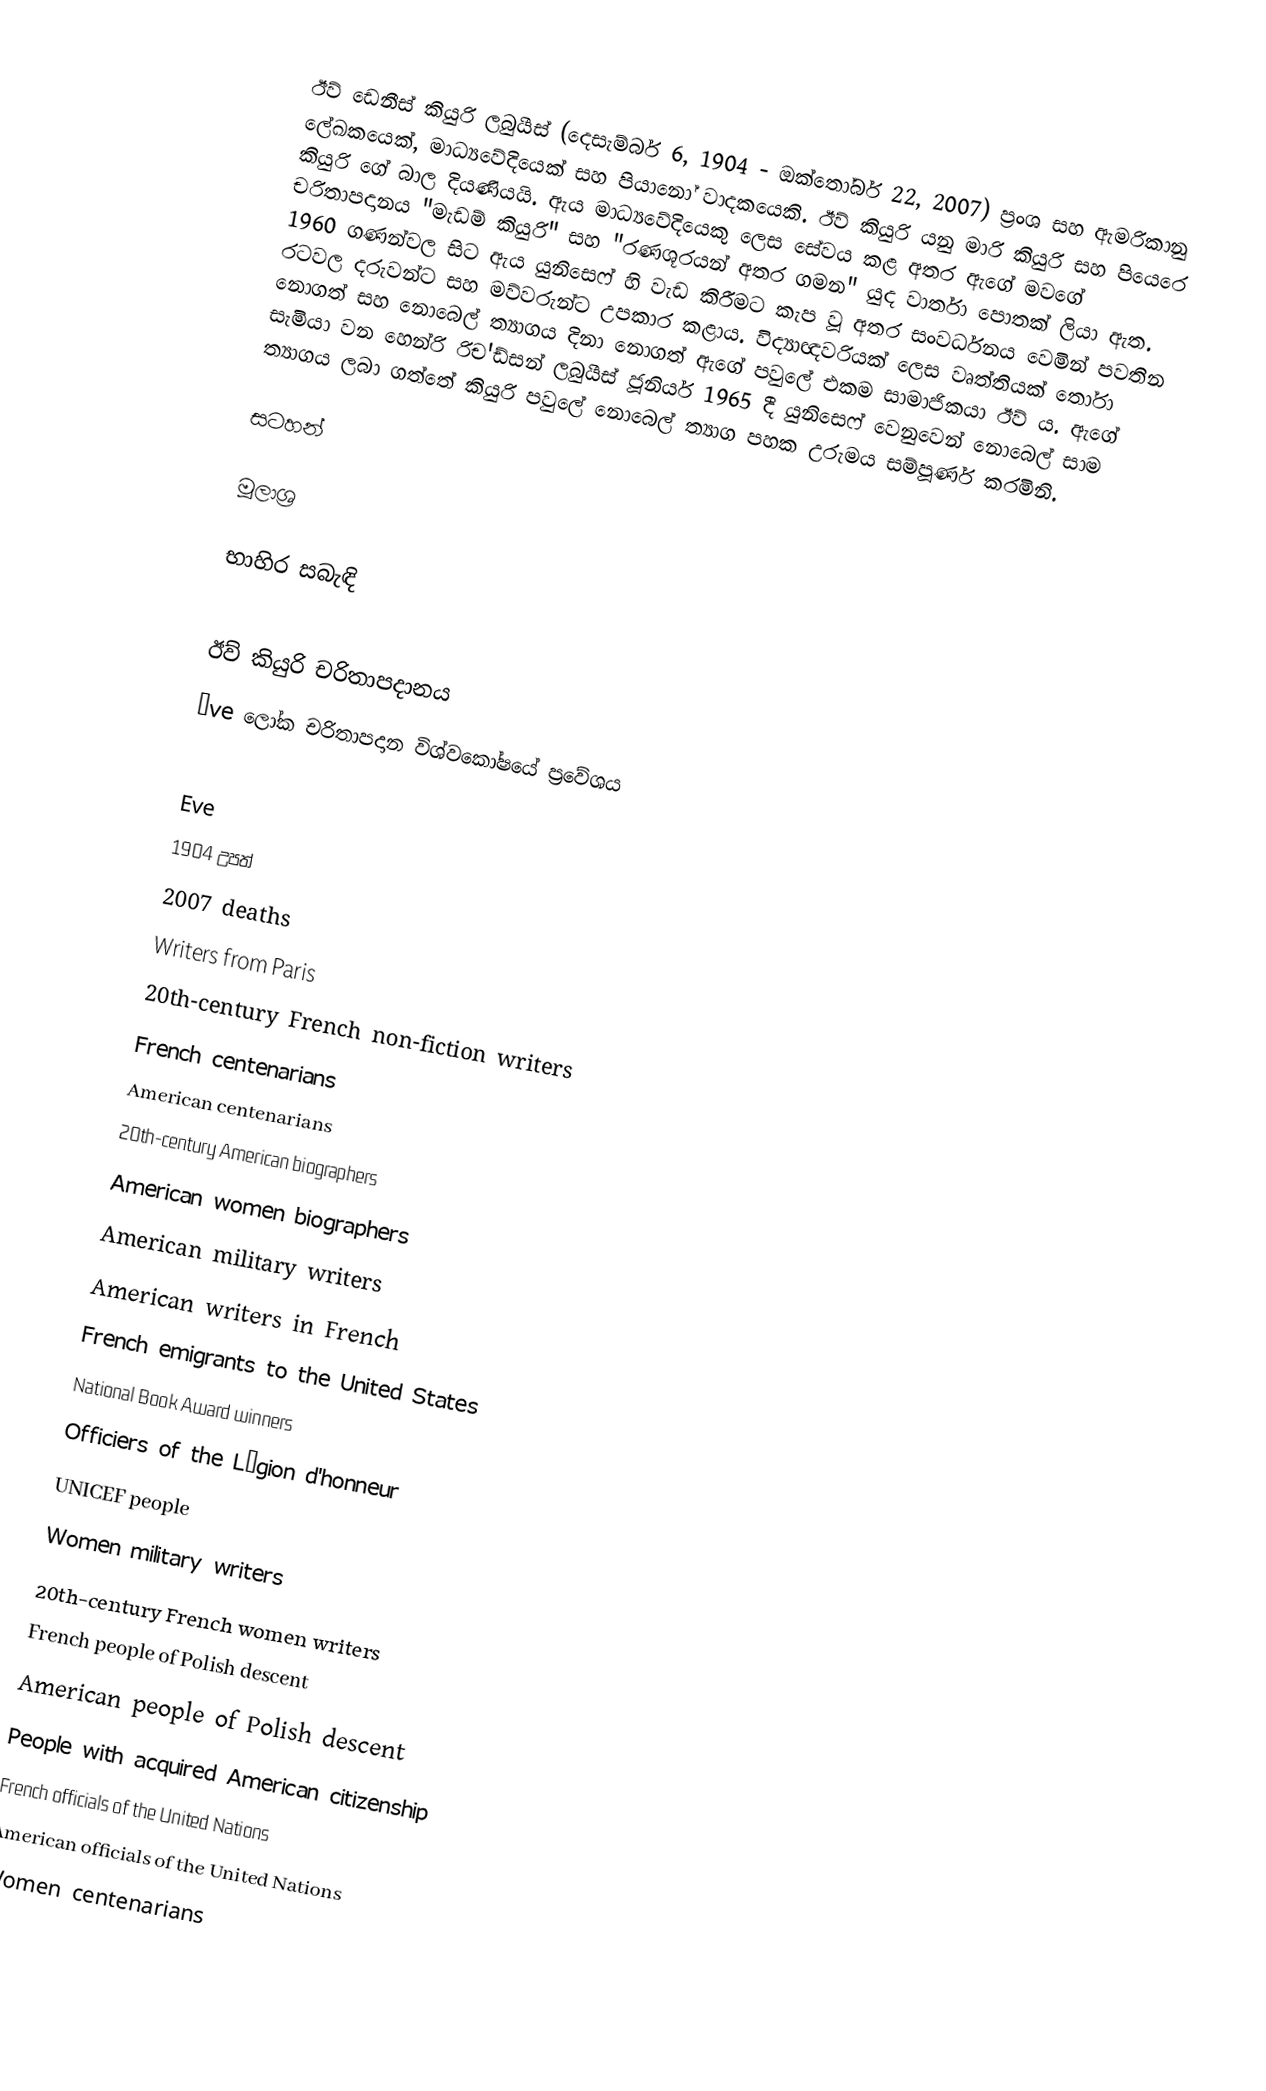
ඊව් ඩෙනීස් කියුරි ලබුයීස් (දෙසැම්බර් 6, 1904 - ඔක්තෝබර් 22, 2007) ප්‍රංශ සහ ඇමරිකානු ලේඛකයෙක්, මාධ්‍යවේදියෙක් සහ පියානෝ වාදකයෙකි. ඊව් කියුරි යනු මාරි කියුරි සහ පියෙරෙ කියුරි ගේ බාල දියණියයි. ඇය මාධ්‍යවේදියෙකු ලෙස සේවය කළ අතර ඇගේ මවගේ චරිතාපදානය "මැඩම් කියුරි" සහ "රණශූරයන් අතර ගමන" යුද වාර්තා පොතක් ලියා ඇත. 1960 ගණන්වල සිට ඇය යුනිසෙෆ් හි වැඩ කිරීමට කැප වූ අතර සංවර්ධනය වෙමින් පවතින රටවල දරුවන්ට සහ මව්වරුන්ට උපකාර කළාය. විද්‍යාඥවරියක් ලෙස වෘත්තියක් තෝරා නොගත් සහ නොබෙල් ත්‍යාගය දිනා නොගත් ඇගේ පවුලේ එකම සාමාජිකයා ඊව් ය. ඇගේ සැමියා වන හෙන්රි රිච'ඩ්සන් ලබුයීස් ජූනියර් 1965 දී යුනිසෙෆ් වෙනුවෙන් නොබෙල් සාම ත්‍යාගය ලබා ගත්තේ කියුරි පවුලේ නොබෙල් ත්‍යාග පහක උරුමය සම්පූර්ණ කරමිනි.

සටහන්

මූලාශ්‍ර

භාහිර සබැඳි

 ඊව් කියුරි චරිතාපදානය
 Ève ලෝක චරිතාපදාන විශ්වකෝෂයේ ප්‍රවේශය

Eve
1904 උපත්
2007 deaths
Writers from Paris
20th-century French non-fiction writers
French centenarians
American centenarians
20th-century American biographers
American women biographers
American military writers
American writers in French
French emigrants to the United States
National Book Award winners
Officiers of the Légion d'honneur
UNICEF people
Women military writers
20th-century French women writers
French people of Polish descent
American people of Polish descent
People with acquired American citizenship
French officials of the United Nations
American officials of the United Nations
Women centenarians